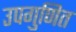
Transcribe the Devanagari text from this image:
उपगुणित